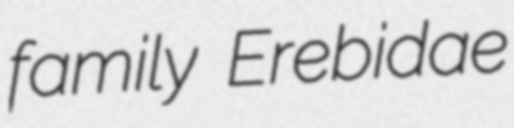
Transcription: family Erebidae